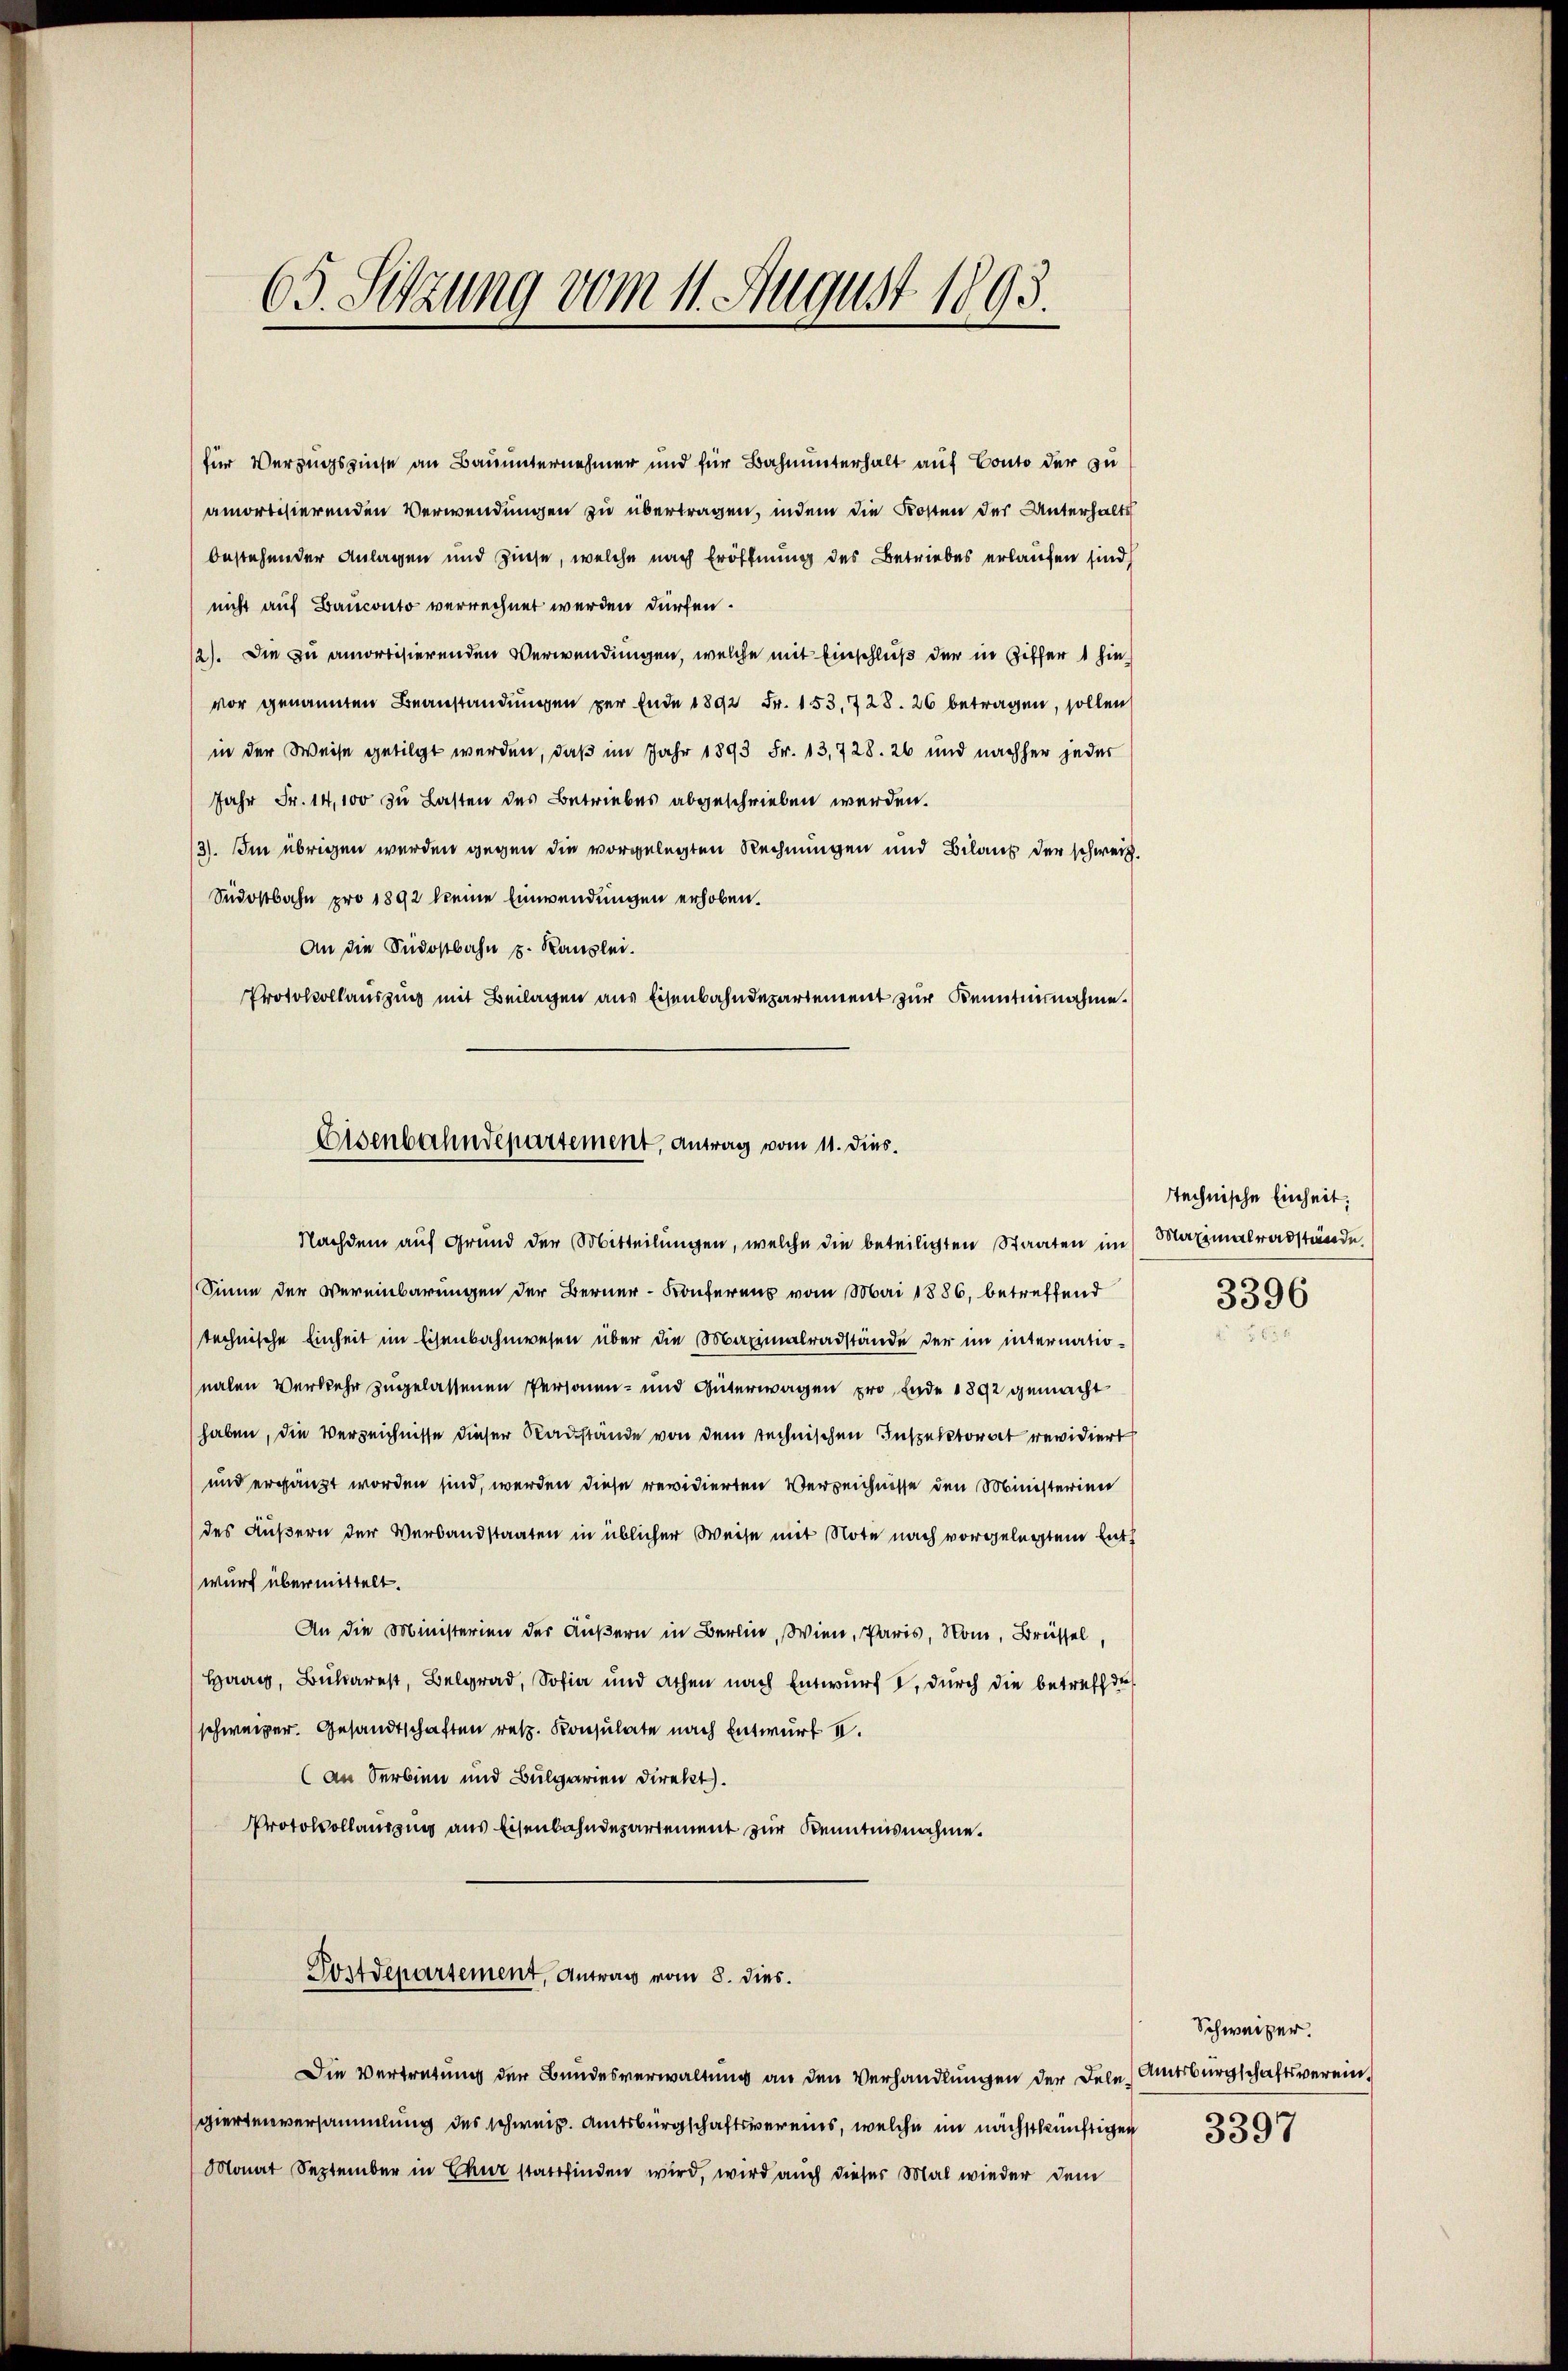
65. Sitzung vom 11. August 1893.

für Verzugszinse an Bauunternehmer und für Bahnunterhalt auf Conto der zu
amortisierenden Verwendungen zu übertragen, indem die Kosten des Unterhalte
bestehender Anlagen und Zinse, welche nach Eröffnung des Betriebes erlaufen sind
nicht auf Bauconto verrechnet werden dürfen.
12). Die zu amortisierenden Verwendungen, welche mit Einschluß der in Ziffer 1 hinvor genannten Beanstandungen per Ende 1892 Fr. 153, 728. 26 betragen, sollen
in der Weise getilgt werden, daß im Jahr 1893 Fr. 13,728. 26 und nachher jeder
Jahr Fr. 14,100 zu Lasten des Betriebes abgeschrieben werden.
/3). Im übrigen werden gegen die vorgelegten Rechnungen und Bilaus der schweiz.
Südostbahn pro 1892 keine Einwendungen erhoben.
An die Südostbahn u. Kanzlei.
Protokollauszug mit Beilagen aus Eisenbahndepartement zur Kenntnisnahme.

Eisenbahndepartement, Antrag vom 11. dies.
Nachdem auf Grund der Sitteilungen, welche die beteiligten Staaten im

Sinne der Vereinbarungen der Berner-Konferens vom Mai 1886, betreffend
technische Einheit im Eisenbahnwesen über die Maximalradstände der im internationalen Verkehr zugelassenen Personen- und Güterwagen pro Ende 1892 gemacht
haben, die Verzeichnisse dieser Radstände von dem rechnischen Inspektorat revidiert
und ergänzt worden sind, werden diese revidierten Verzeichnisse den Ministerien
des Äußern der Verbandstaaten in üblicher Weise mit Note nach vorgelegtem Entt
wurf übermittelt.
An die Ministerien der Äußern in Berlin, Wien, Paris, Rom, Brüssel,
Haag, Bukarest, Belgrad, Sofia und achen nach Entwurf I, durch die betreff de
(schweizer. Gesandtschaften retz. Konsulate nach Entwurf I.
an Serbien und Bulgarien Direkt.
Protokollauszug aus Eisenbahndepartement zur Kenntnisnahme.
Postdepartement, Antrag vom 8. dies
Die Vertretung der Bundesverwaltung an den Verhandlungen der Dele Amtsbürgschaftsvereingiertenversammlung des schweiz. Amtsbürgschaftsvereins, welche im nächstkünftigen
Monat September in Chur stattfinden wird, wird auch dieser Mal wieder dem

technische Einheit,
Maximalradstände
3396

Schweizer.
3397